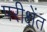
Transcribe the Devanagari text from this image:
परीक्षेंत